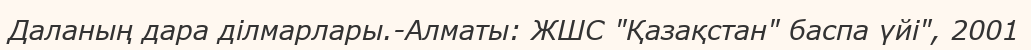
Даланың дара ділмарлары.-Алматы: ЖШС "Қазақстан" баспа үйі", 2001